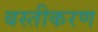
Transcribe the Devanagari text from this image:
बस्तीकरण